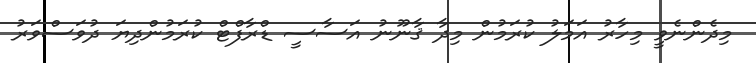
މިދެންނެވީ މިހާރު އަމަލު ކުރަމުން މިދާ ޤާނޫނު އަސާސީ ޑްރާފްޓް ކުރަމުންދިޔަ ދުވަސްވަރު